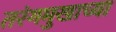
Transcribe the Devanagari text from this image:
तरंगमुखाच्या